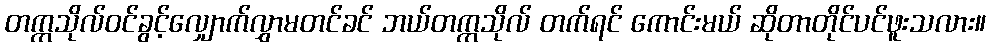
တက္ကသိုလ်ဝင်ခွင့်လျှောက်လွှာမတင်ခင် ဘယ်တက္ကသိုလ် တက်ရင် ကောင်းမယ် ဆိုတာတိုင်ပင်ဖူးသလား။